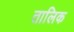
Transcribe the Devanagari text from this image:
तालिक